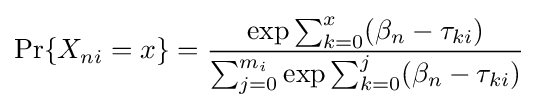
\Pr\{X_{ni}=x\}={\frac {\exp {{\sum _{k=0}^{x}(\beta _{n}}-{\tau _{ki}})}}{\sum _{j=0}^{m_{i}}\exp {{\sum _{k=0}^{j}(\beta _{n}}-{\tau _{ki}})}}}